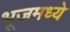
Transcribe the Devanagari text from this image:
भूजमध्ये